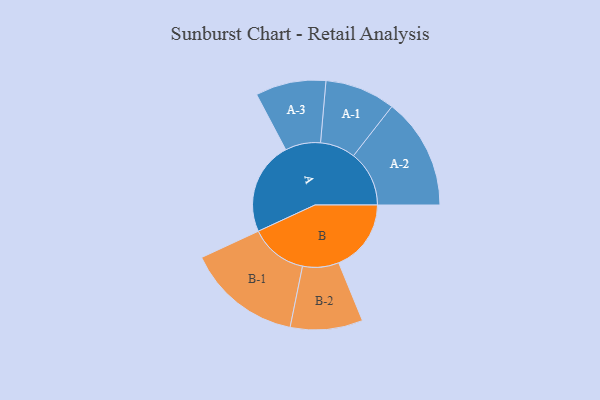
{"axis": {"x": "Segment", "y": "Value"}, "legend": ["", "A", "B"], "data": [{"x": "A", "y": 478, "type": ""}, {"x": "B", "y": 372, "type": ""}, {"x": "A-1", "y": 181, "type": "A"}, {"x": "A-2", "y": 286, "type": "A"}, {"x": "A-3", "y": 181, "type": "A"}, {"x": "B-1", "y": 295, "type": "B"}, {"x": "B-2", "y": 186, "type": "B"}]}